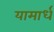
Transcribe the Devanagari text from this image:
यामार्ध